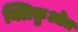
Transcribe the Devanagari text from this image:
क्लिक़ुओत